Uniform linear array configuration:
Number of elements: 48
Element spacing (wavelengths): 0.25
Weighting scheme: uniform
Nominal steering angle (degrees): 0
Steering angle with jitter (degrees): -1.709
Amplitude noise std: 0.05
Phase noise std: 0.05

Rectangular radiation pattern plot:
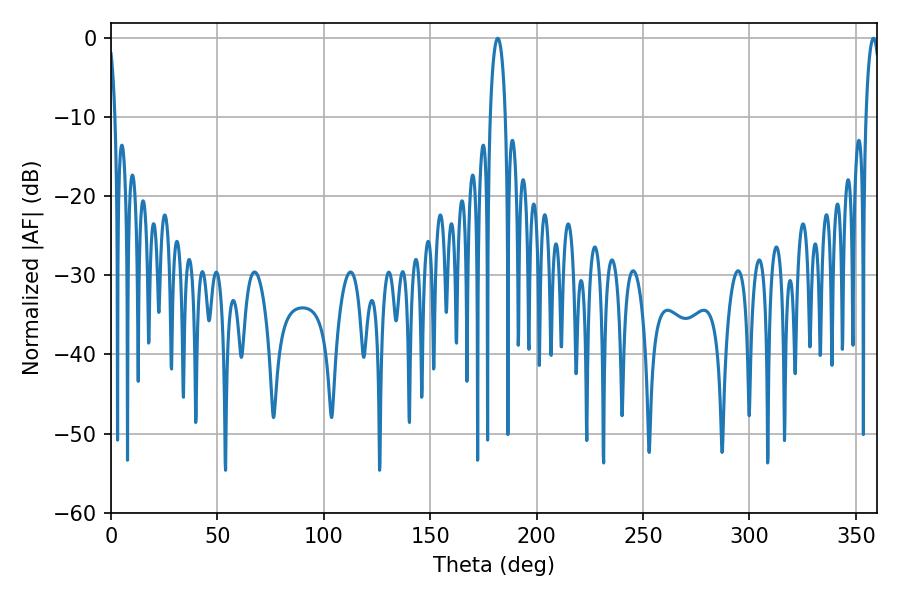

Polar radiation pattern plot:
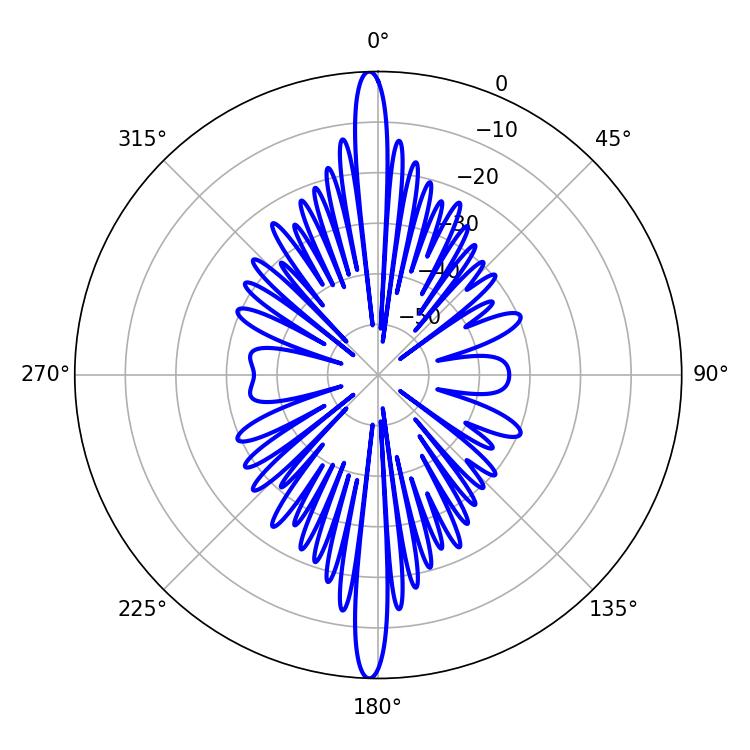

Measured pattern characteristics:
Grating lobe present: FALSE
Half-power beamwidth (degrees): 4.14
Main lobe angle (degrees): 181.8